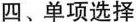
四、单项选择